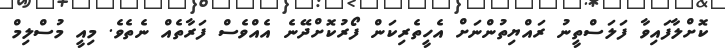
ކޮށްލާފައިވާ ފަލަސްތީނު ރައްޔިތުންނަށް އެހީތެރިކަން ފޯރުކޮށްދޭނެ އެއްވެސް ފަރާތެއް ނެތެވެ. މިއީ މުސްލިމް